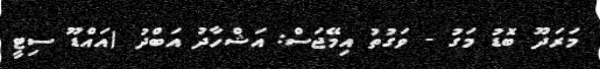
މަރަދޫ ބޮޑު މަގު - ވަގުތު އިމޭޖަސް: އަޝްހާދު އަބްދު (އައްޑޫ ސިޓީ